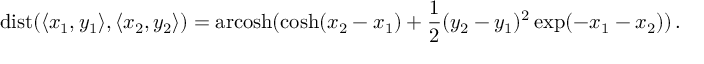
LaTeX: \operatorname { d i s t } ( \langle x _ { 1 } , y _ { 1 } \rangle , \langle x _ { 2 } , y _ { 2 } \rangle ) = \operatorname { a r c o s h } ( \cosh ( x _ { 2 } - x _ { 1 } ) + { \frac { 1 } { 2 } } ( y _ { 2 } - y _ { 1 } ) ^ { 2 } \exp ( - x _ { 1 } - x _ { 2 } ) ) \, .